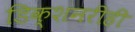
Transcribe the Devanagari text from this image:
डिक्शनरीही